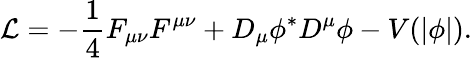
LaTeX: {\cal L}=-\frac{1}{4}F_{\mu\nu}F^{\mu\nu}+D_{\mu}\phi^{*}D^{\mu}\phi-V(|\phi|).